Opetatud_Eesti_Selts, lk 5
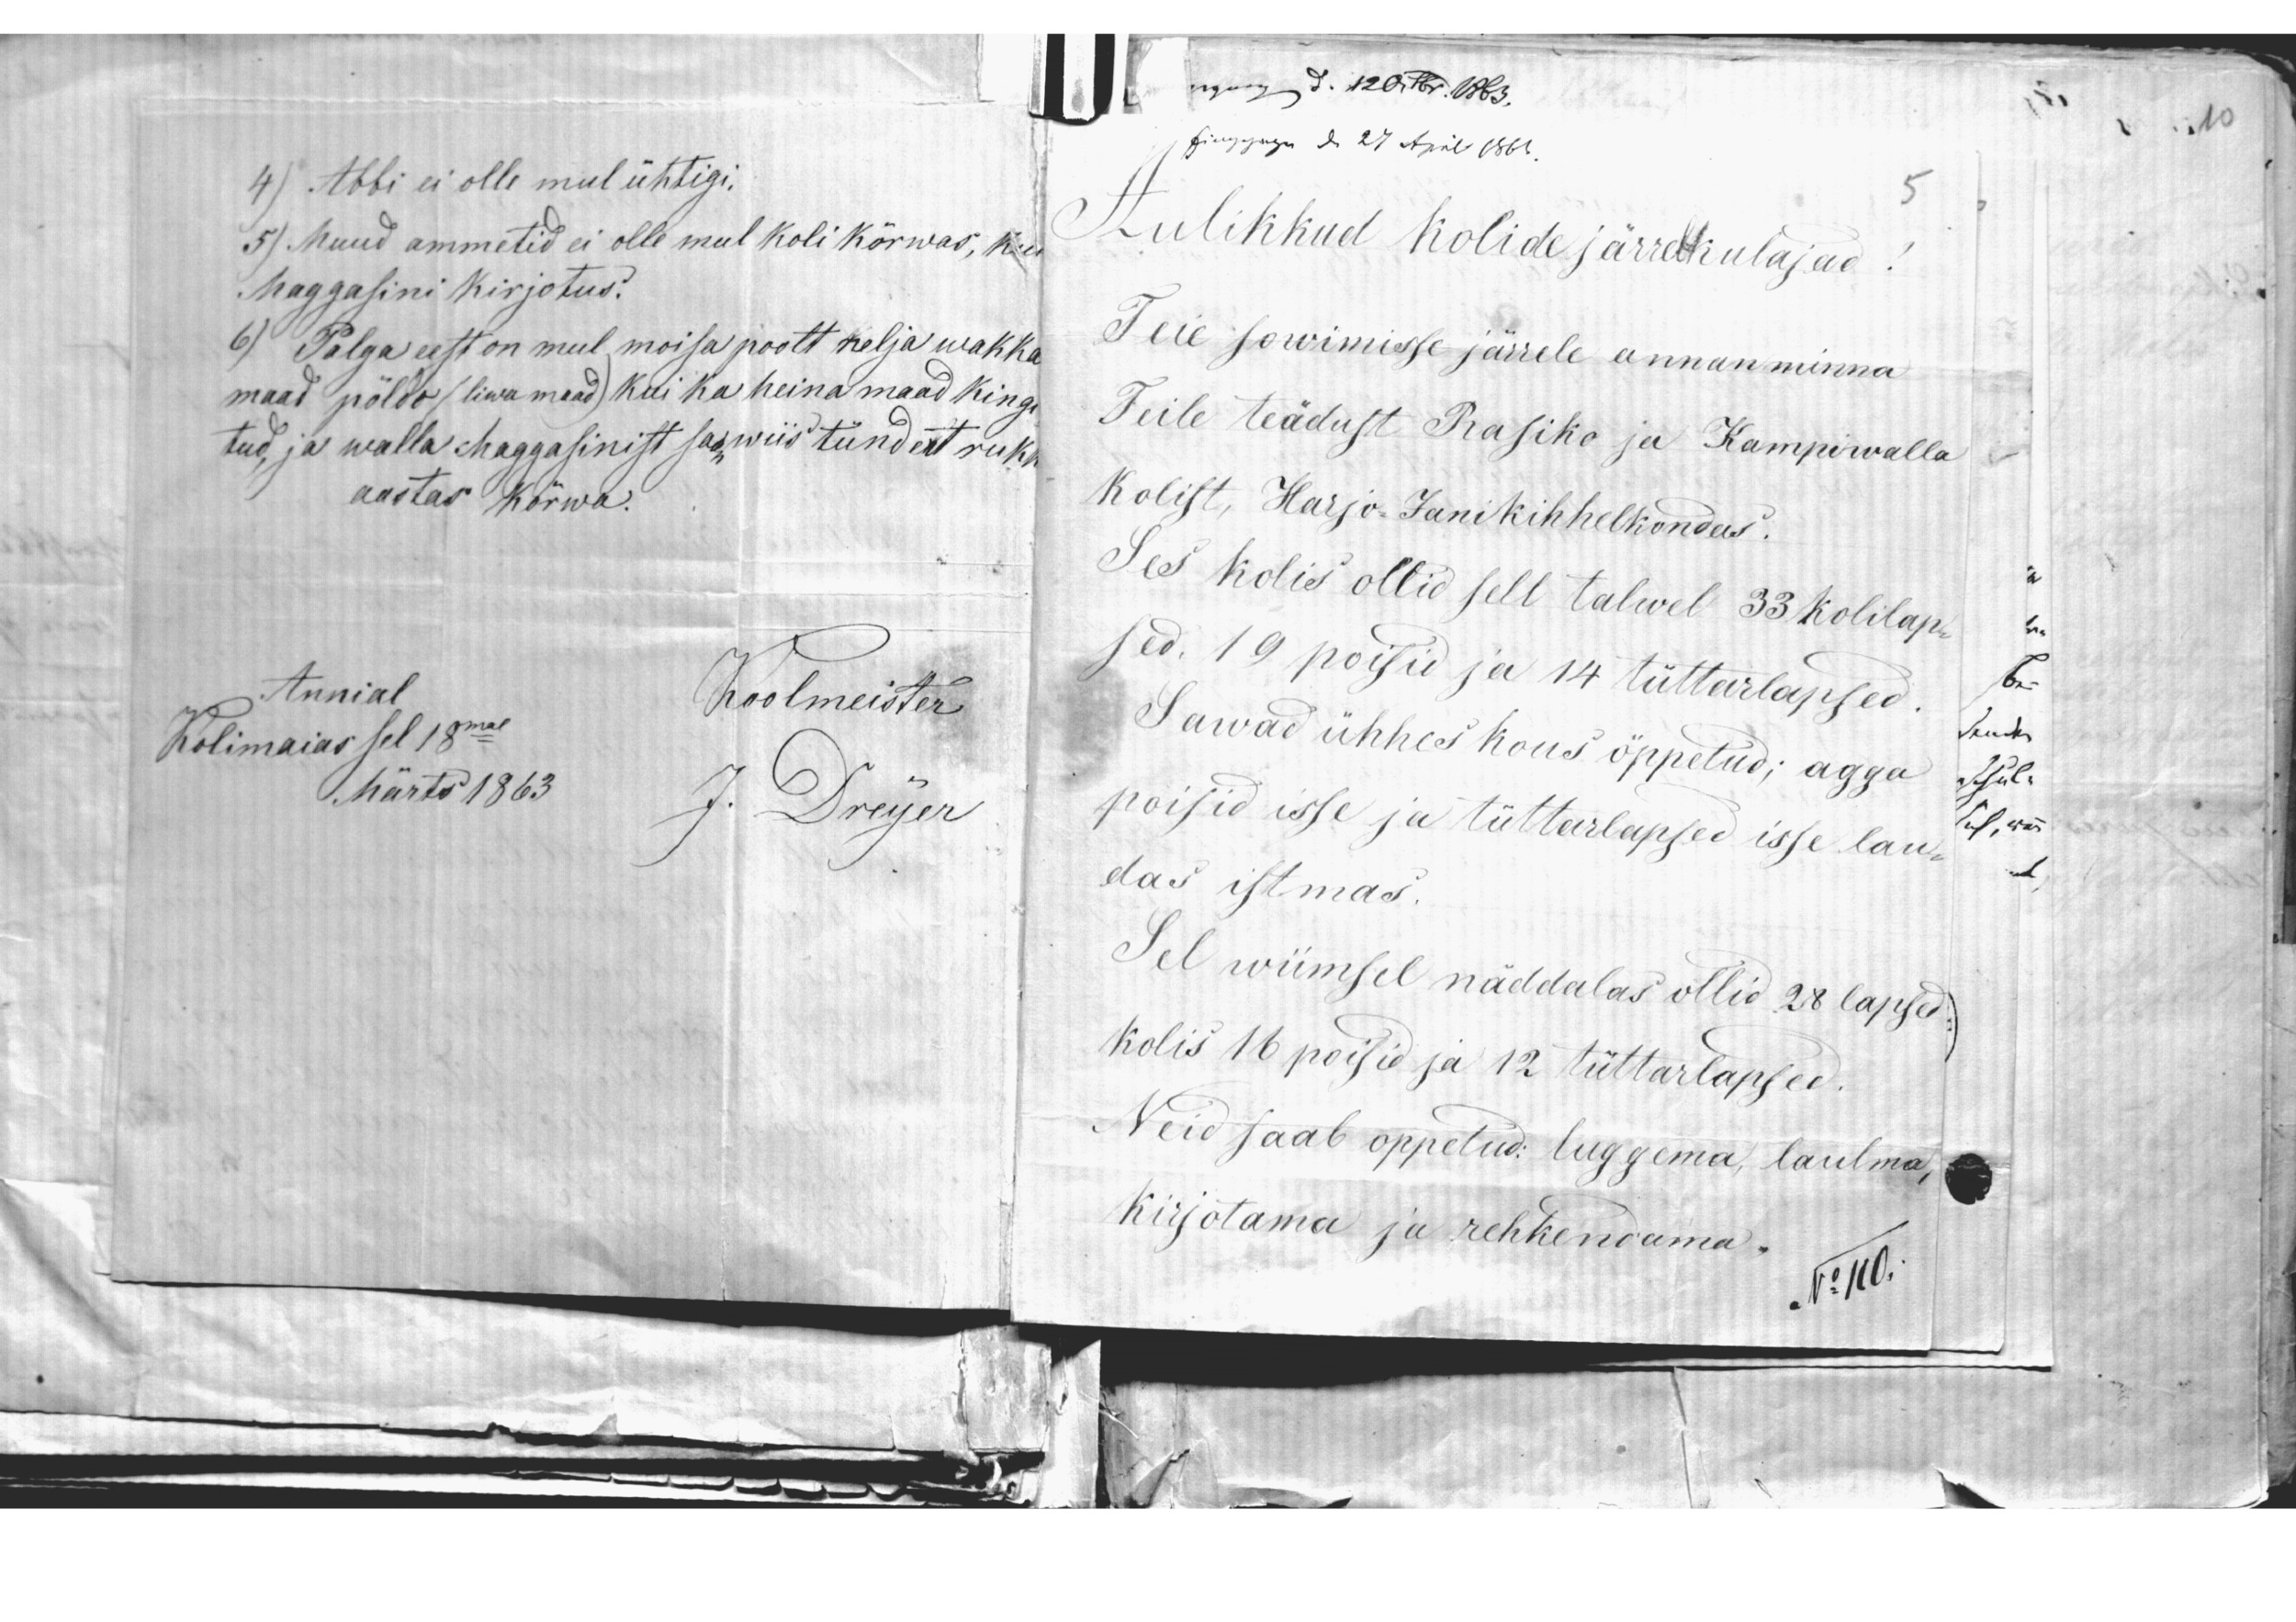
4) Abbi ei olle mul ühtigi.
5) Muud ammetid ei olle mul koli kõrwas, kui
Maggasini kirjotus.
6) Palga eest on mul moisa poolt nelja wakka
maad pöldo (liwamaad) kui ka heinamaad kingi
tud, ja walla. Maggasinist saan wiis tündert rukk
aastas kõrwa.
Annial
Kolimaias sel 18mal
Märts 1863
Koolmeister
J. Dreyer

Aulikkud kolide järrekulajad!
Teie sowimisse järrele annan minna
Teile teädust Prasiko ja Kampiwalla
kolist, Harjo-Janikihhelkondas.
Ses kolis ollid sell talwel 33 kolilap-
sed. 19 poisid ja 14 tüttarlapsed.
Sawad ühhes kous õppetud; agga
poisid isse ja tüttarlapsed isse lau-
das istmas.
Sel wiimsel näddalas ollid 28 lapsed
kolis 16 poisid ja 12 tüttarlapsed.
Neid saab õppetud: luggema, laulma,
kirjotama ja rehkendama.
No 110.